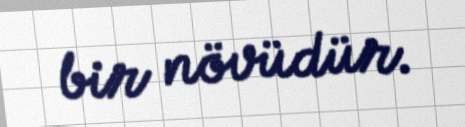
bir növüdür.